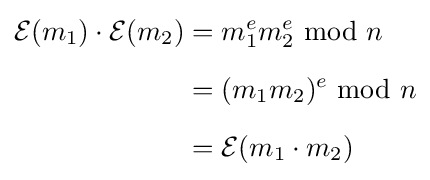
{\begin{aligned}{\mathcal {E}}(m_{1})\cdot {\mathcal {E}}(m_{2})&=m_{1}^{e}m_{2}^{e}\;{\bmod {\;}}n\\[6pt]&=(m_{1}m_{2})^{e}\;{\bmod {\;}}n\\[6pt]&={\mathcal {E}}(m_{1}\cdot m_{2})\end{aligned}}